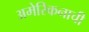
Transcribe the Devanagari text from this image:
अमेरिकनाची